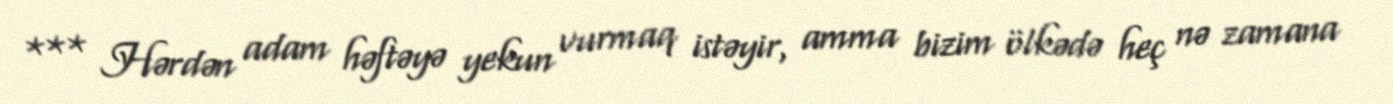
*** Hərdən adam həftəyə yekun vurmaq istəyir, amma bizim ölkədə heç nə zamana